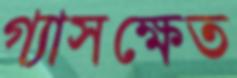
গ্যাসক্ষেত